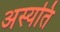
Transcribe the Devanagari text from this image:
अस्यति